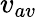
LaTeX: v_{av}